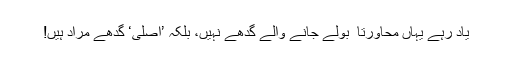
یاد رہے یہاں محاورتا ً بولے جانے والے گدھے نہیں، بلکہ ’اصلی‘ گدھے مراد ہیں!